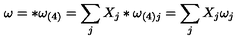
\omega = * \omega _ { ( 4 ) } = \sum _ { j } X _ { j } * \omega _ { ( 4 ) j } = \sum _ { j } X _ { j } \omega _ { j }